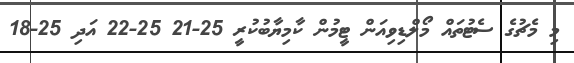
މި މެޗުގެ ސެޓުތައް މޯލްޑިވިއަން ޓީމުން ކާމިޔާބުކުރީ 25-21 25-22 އަދި 25-18